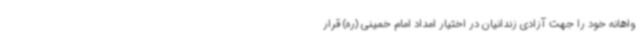
واهانه خود را جهت آزادی زندانیان در اختیار امداد امام خمینی (ره) قرار